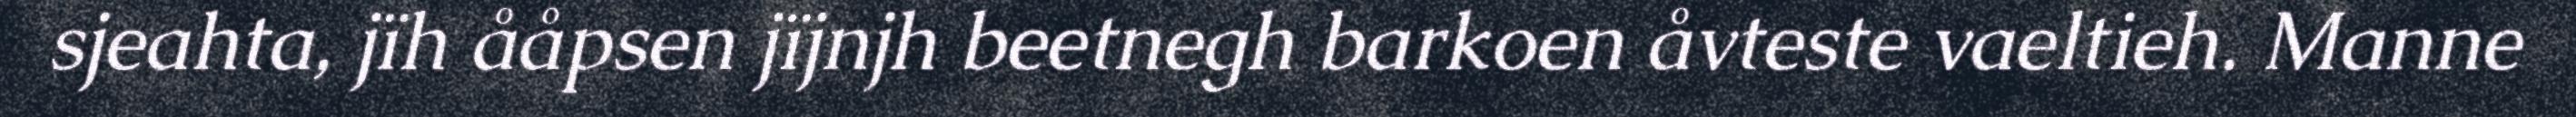
sjeahta, jïh ååpsen jïjnjh beetnegh barkoen åvteste vaeltieh. Manne